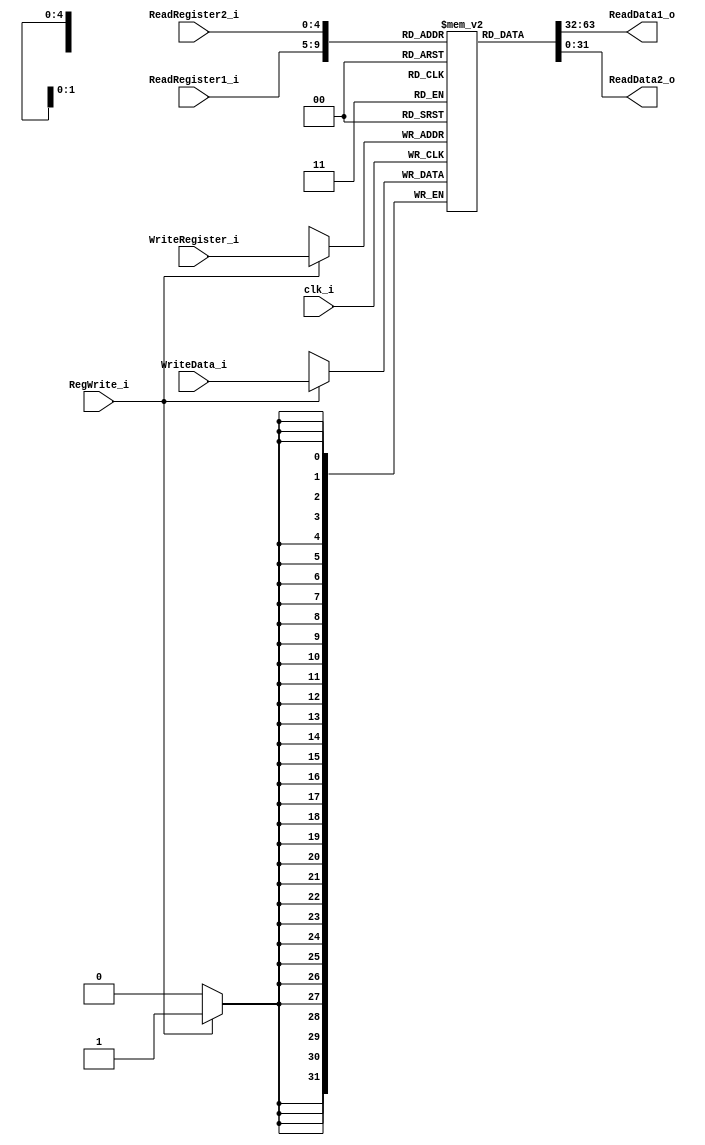
//not modify
module Registers
(
    clk_i,
    ReadRegister1_i,
    ReadRegister2_i,
    WriteRegister_i, 
    WriteData_i,
    RegWrite_i, 
    ReadData1_o, 
    ReadData2_o 
);

// Ports
input               clk_i, RegWrite_i;
input   [4:0]       ReadRegister1_i, ReadRegister2_i, WriteRegister_i;
input   [31:0]      WriteData_i;

output  [31:0]      ReadData1_o, ReadData2_o; 

// Register File
reg     [31:0]      register        [0:31];

// Read Data      
assign  ReadData1_o = register[ReadRegister1_i];
assign  ReadData2_o = register[ReadRegister2_i];

// Write Data   
always@(negedge clk_i) begin
    if(RegWrite_i)
        register[WriteRegister_i] <= WriteData_i;
end
   
endmodule